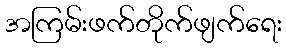
အကြမ်းဖက်တိုက်ဖျက်ရေး